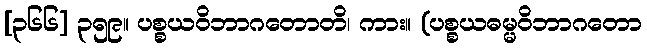
[၃၆၆] ၃၅၉။ ပစ္စယဝိဘာဂတောတိ၊ ကား။ (ပစ္စယဓမ္မဝိဘာဂတော